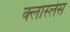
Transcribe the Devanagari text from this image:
क्लास्लेस